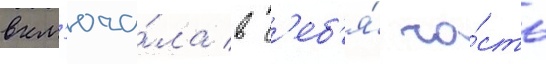
вкл'юча́ла в с'еб'я́ ча́сть